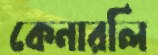
কেনারলি